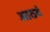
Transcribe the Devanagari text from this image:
आठवं